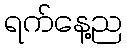
ရက်နေ့ည